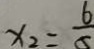
x _ { 2 } = \frac { 6 } { 5 }